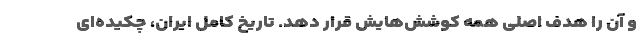
و آن را هدف اصلی همه کوشش‌هایش قرار دهد. تاریخ کامل ایران، چکیده‌ای